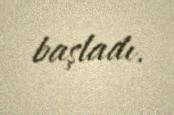
başladı.